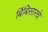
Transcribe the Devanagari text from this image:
बिंबिसारचे